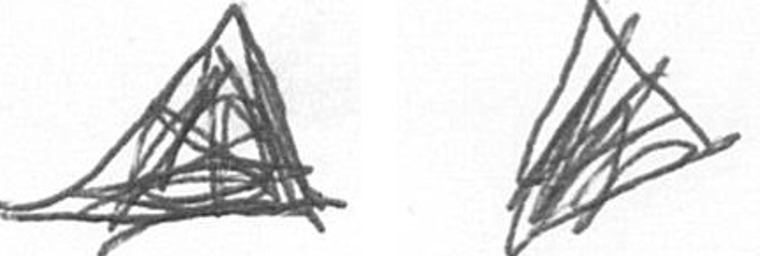
O O